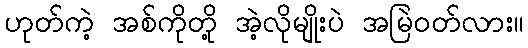
ဟုတ်ကဲ့ အစ်ကိုတို့ အဲ့လိုမျိုးပဲ အမြဲဝတ်လား။